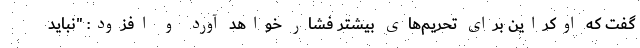
گفت که اوکراین برای تحریم‌های بیشتر فشار خواهد آورد و افزود: "نباید